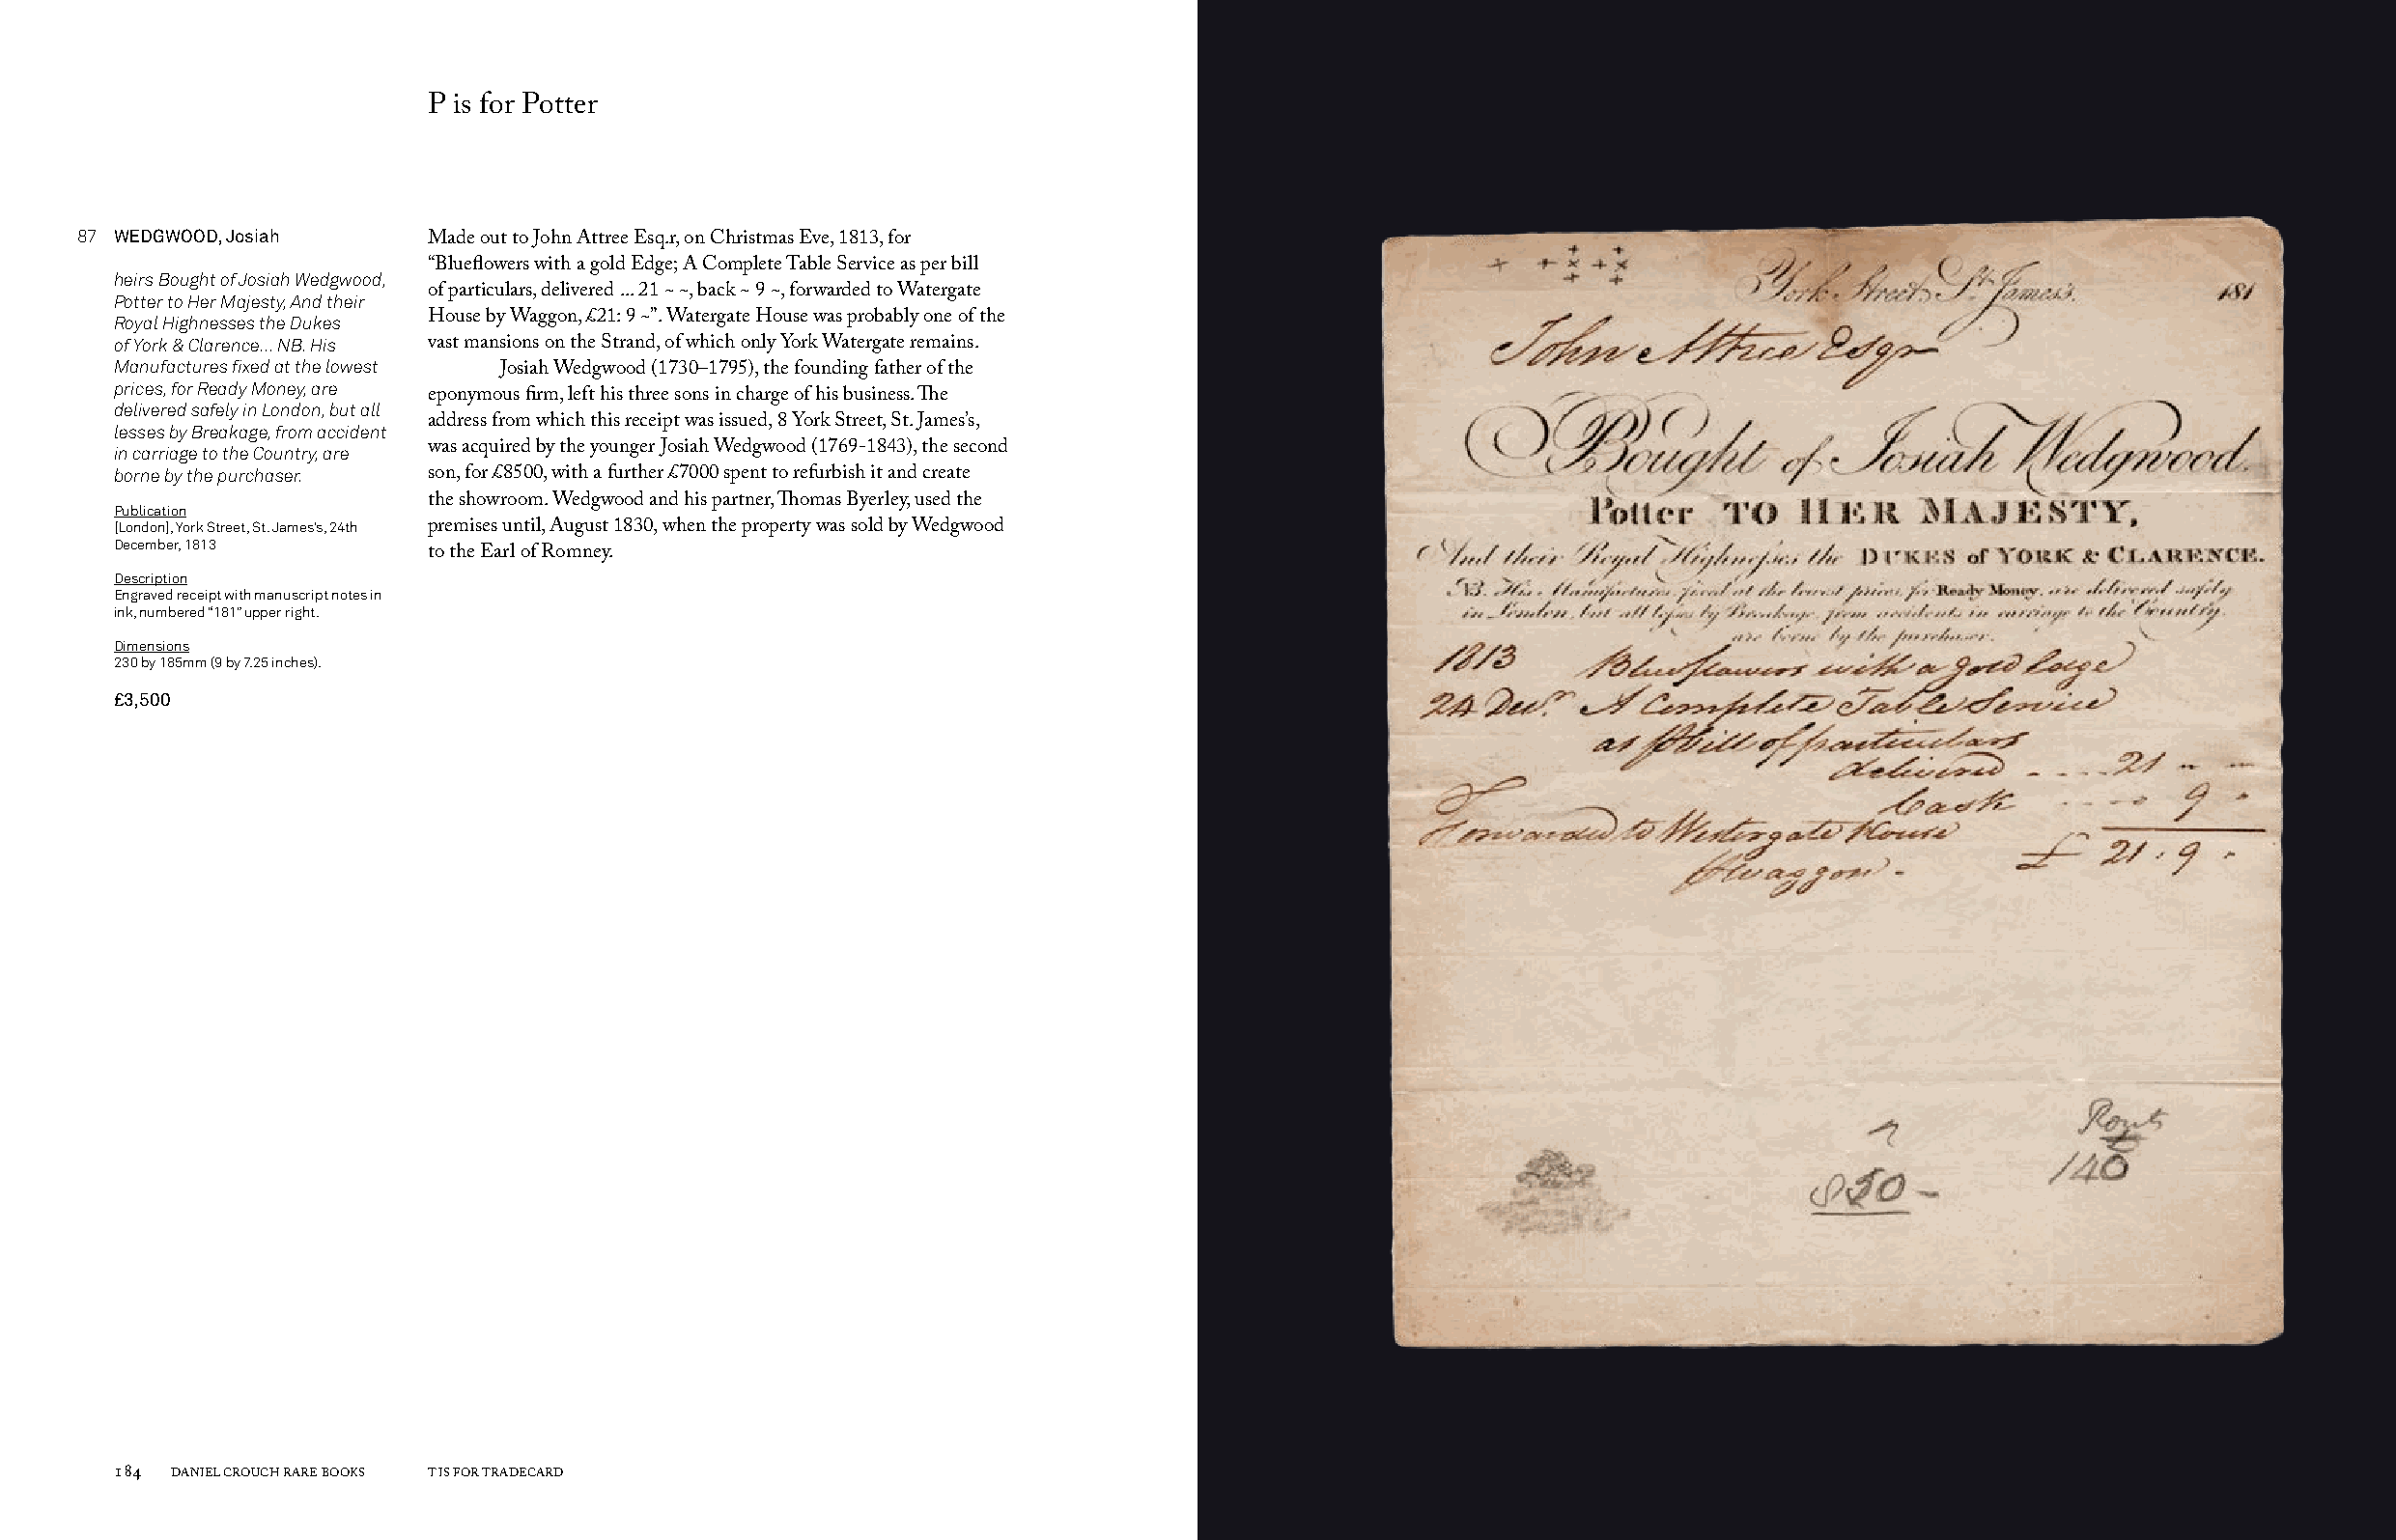
P is for Potter
 87 WEDGWOOD, Josiah
 Made out to John Attree Esq.r, on Christmas Eve, 1813, for
 “Blueflowers with a gold Edge; A Complete Table Service as per bill
 heirs Bought of Josiah Wedgwood,
 Potter to Her Majesty, And their of particulars, delivered ... 21 ~ ~, back ~ 9 ~, forwarded to Watergate
 Royal Highnesses the Dukes House by Waggon, £21: 9 ~”. Watergate House was probably one of the
 of York & Clarence... NB. His vast mansions on the Strand, of which only York Watergate remains.
 Manufactures fixed at the lowest
 Josiah Wedgwood (1730–1795), the founding father of the
 prices, for Ready Money, are
 eponymous firm, left his three sons in charge of his business. The
 delivered safely in London, but all
 lesses by Breakage, from accident address from which this receipt was issued, 8 York Street, St. James’s,
 in carriage to the Country, are was acquired by the younger Josiah Wedgwood (1769-1843), the second
 borne by the purchaser. son, for £8500, with a further £7000 spent to refurbish it and create
 the showroom. Wedgwood and his partner, Thomas Byerley, used the
 Publication
 [London], York Street, St. James’s, 24th premises until, August 1830, when the property was sold by Wedgwood
 December, 1813
 to the Earl of Romney.
 Description
 Engraved receipt with manuscript notes in
 ink, numbered “181” upper right.
 Dimensions
 230 by 185mm (9 by 7.25 inches).
 £3,500
 184 DANIEL CROUCH RARE BOOKS T IS FOR TRADECARD                                                                       T IS FOR TRADECARD DANIEL CROUCH RARE BOOKS 185